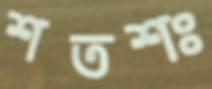
শতশঃ